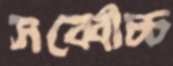
সর্ব্বোচ্চ